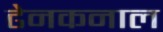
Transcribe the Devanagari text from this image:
ढेनकनाल